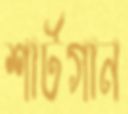
শার্টগান